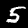
Digit: 5